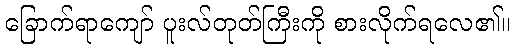
ခြောက်ရာကျော် ပူးလ်တုတ်ကြီးကို စားလိုက်ရလေ၏။